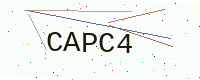
Text: CAPC4